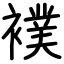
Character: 襆